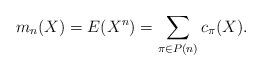
LaTeX: \begin{align*}m_n(X)=E(X^n)=\sum_{\pi\in P(n)}c_{\pi}(X).\end{align*}